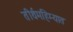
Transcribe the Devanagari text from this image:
तीर्थमहिम्यात